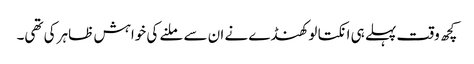
کچھ وقت پہلے ہی انکتا لوکھنڈے نے ان سے ملنے کی خواہش ظاہر کی تھی۔